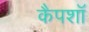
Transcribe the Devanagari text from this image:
कैपशॉ